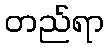
တည်ရာ